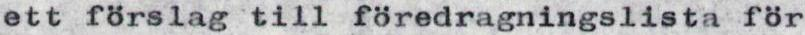
ett förslag till föredragningslista för